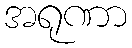
အရုဏာ